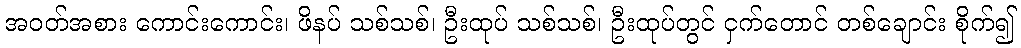
အဝတ်အစား ကောင်းကောင်း၊ ဖိနပ် သစ်သစ်၊ ဦးထုပ် သစ်သစ်၊ ဦးထုပ်တွင် ငှက်တောင် တစ်ချောင်း စိုက်၍